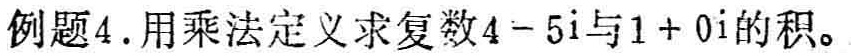
例题4.用乘法定定义求复数\(4 - 5i\)与\(1 + 0i\)的积。